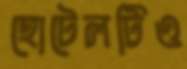
হোটেলটিও